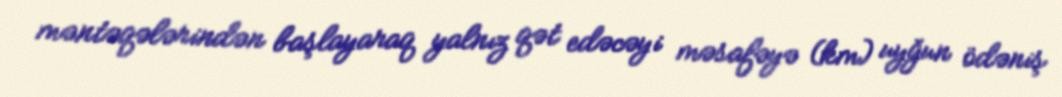
məntəqələrindən başlayaraq yalnız qət edəcəyi məsafəyə (km) uyğun ödəniş